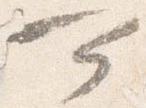
可